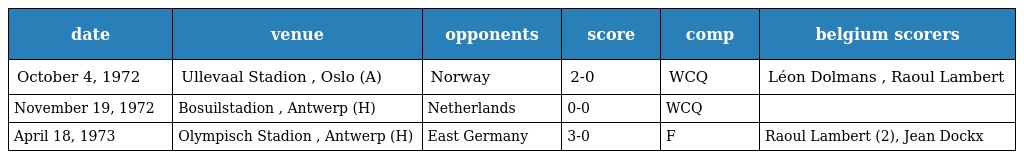
| date | venue | opponents | score | comp | belgium scorers |
 | --- | --- | --- | --- | --- | --- |
 | October 4, 1972 | Ullevaal Stadion , Oslo (A) | Norway | 2-0 | WCQ | Léon Dolmans , Raoul Lambert |
 | November 19, 1972 | Bosuilstadion , Antwerp (H) | Netherlands | 0-0 | WCQ |  |
 | April 18, 1973 | Olympisch Stadion , Antwerp (H) | East Germany | 3-0 | F | Raoul Lambert (2), Jean Dockx |